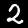
Label: 2